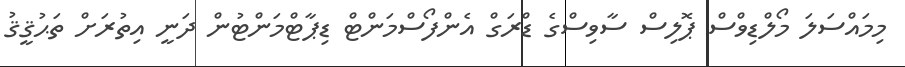
މިމައްސަލަ މޯލްޑިވްސް ޕޮލިސް ސާވިސްގެ ޑްރަގް އެންފޯސްމަންޓް ޑިޕާޓްމަންޓުން ދަނީ އިތުރަށް ތަޙުޤީޤު